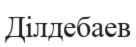
Ділдебаев